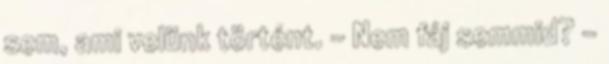
sem, ami velünk történt. - Nem fáj semmid? -